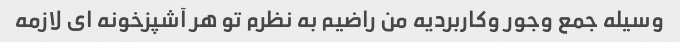
وسیله جمع وجور وکاربردیه من راضیم به نظرم تو هر آشپزخونه ای لازمه